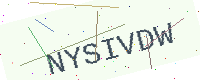
Text: NYSIVDW